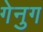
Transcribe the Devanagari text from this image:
गेनुग